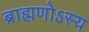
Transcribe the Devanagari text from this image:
ब्राह्मणोऽस्य